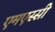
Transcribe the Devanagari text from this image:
एमएस्सी